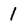
Character: 1